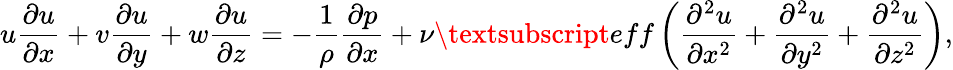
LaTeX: u\frac{\partial u}{\partial x}+v\frac{\partial u}{\partial y}+w\frac{\partial u}{\partial z}=-\frac{1}{\rho}\frac{\partial p}{\partial x}+\nu\textsubscript{eff}\left(\frac{\partial^{2}u}{\partial x^{2}}+\frac{\partial^{2}u}{\partial y^{2}}+\frac{\partial^{2}u}{\partial z^{2}}\right),